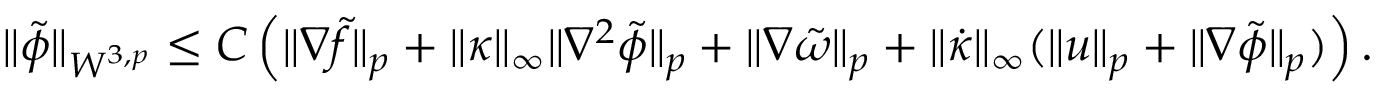
\begin{array} { r } { \| \tilde { \phi } \| _ { W ^ { 3 , p } } \leq C \left( \| \nabla \tilde { f } \| _ { p } + \| \kappa \| _ { \infty } \| \nabla ^ { 2 } \tilde { \phi } \| _ { p } + \| \nabla \tilde { \omega } \| _ { p } + \| \dot { \kappa } \| _ { \infty } ( \| u \| _ { p } + \| \nabla \tilde { \phi } \| _ { p } ) \right) . } \end{array}